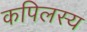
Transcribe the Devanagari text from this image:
कपिलस्य